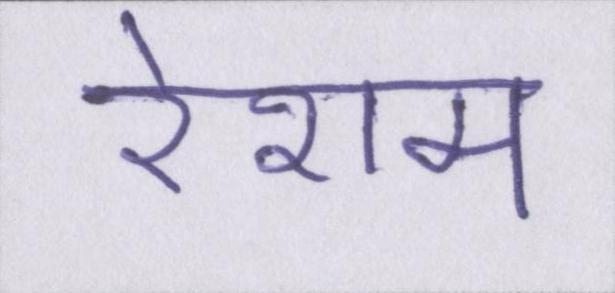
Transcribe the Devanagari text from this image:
रेशम